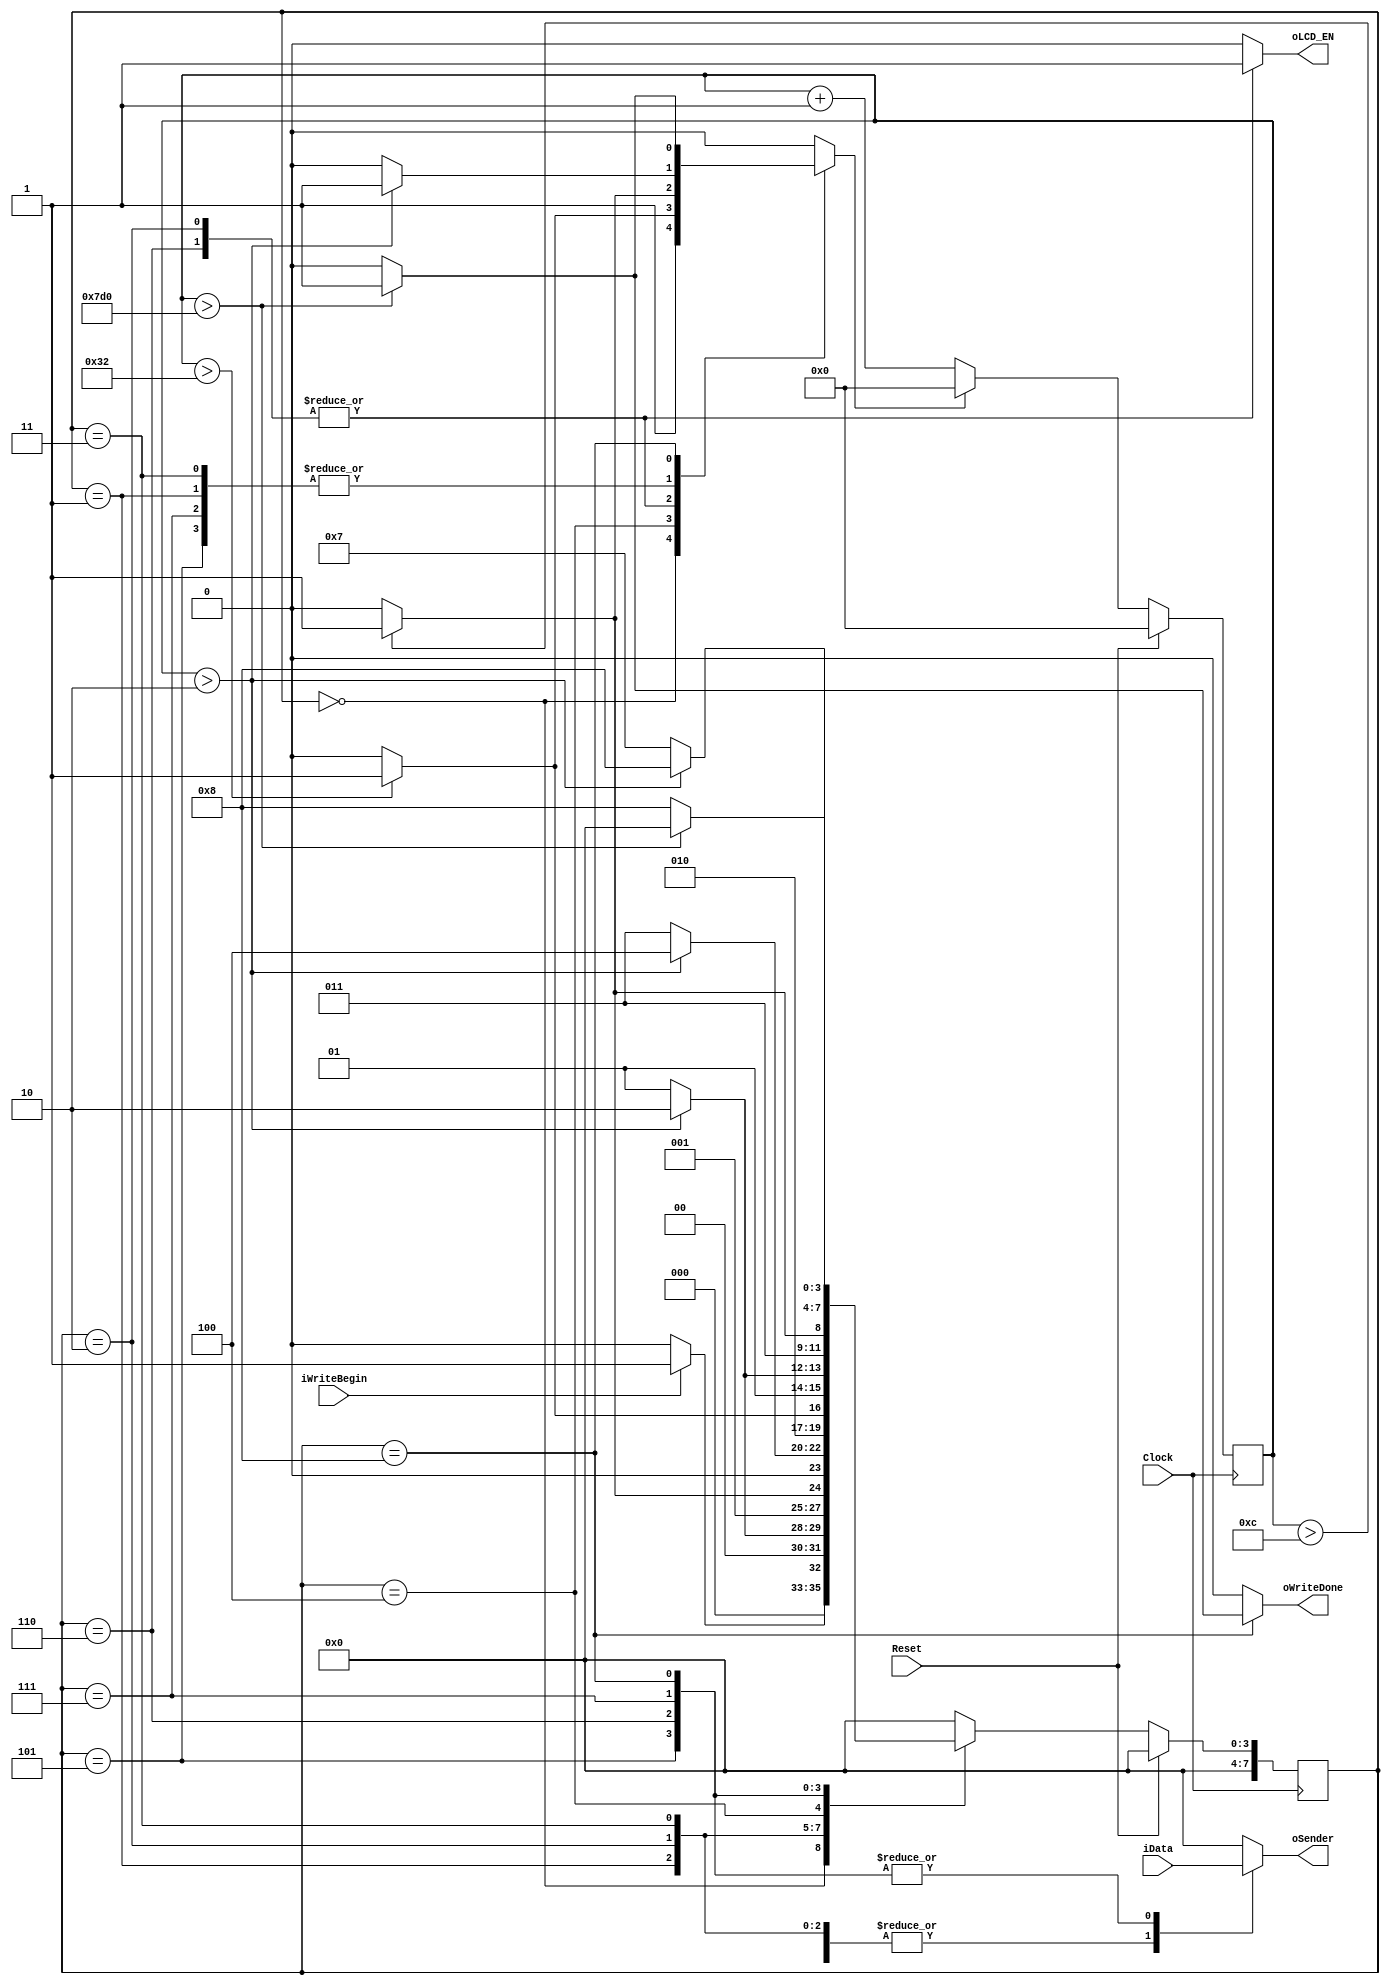
`timescale 1ns / 1ps

//state definitions
`define STATE_RESET 			0
`define STATE_BEFORE_EN_H 	1
`define STATE_HOLD_EN_H 	2
`define STATE_AFTER_EN_H 	3
`define STATE_INTER 			4
`define STATE_BEFORE_EN_L 	5
`define STATE_HOLD_EN_L 	6
`define STATE_AFTER_EN_L 	7
`define STATE_FINISH_W 		8

//////////////////////////////////////////////////////////////////////////////////
// Company: 
// Engineer: 
// 
// Design Name: 
// Module Name:    senderLCD 
// Project Name: 
// Target Devices: 
// Tool versions: 
// Description: 
//
// Dependencies: 
//
// Revision: 
// Revision 0.01 - File Created
// Additional Comments: 
//
//////////////////////////////////////////////////////////////////////////////////

module senderLCD(
	input wire iWriteBegin,
	input wire [7:0] iData,
	input wire Reset,
	input wire Clock,
	output reg oWriteDone,
	output reg [3:0] oSender,
	output reg oLCD_EN
   );

reg [7:0] rCurrentState,rNextState;
reg rTimeCountReset;
reg [31:0] rTimeCount;

//----------------------------------------------
//Next State and delay logic
always @ ( posedge Clock )
begin
	if (Reset)
	begin
		rCurrentState <= `STATE_RESET;
		rTimeCount <= 32'b0;
	end
	else
	begin
		if (rTimeCountReset)
				rTimeCount <= 32'b0; //restart count
		else
				rTimeCount <= rTimeCount + 32'b1; //increments count
			
		rCurrentState <= rNextState;
	end
end

//----------------------------------------------
//Current state and output logic
always @ ( * )
begin
	case (rCurrentState)
	//-----------------------------------------
	//reset state
	`STATE_RESET:
	begin
		oSender = 			4'b0;
		oWriteDone = 		1'b0;
		oLCD_EN = 			1'b0;
		rTimeCountReset = 1'b1;
		
		if(iWriteBegin)
			rNextState = `STATE_BEFORE_EN_H;
		else
			rNextState = `STATE_RESET;
	end
	//------------------------------------------
	//set 4 upper bits data to send, E=0
	`STATE_BEFORE_EN_H:
	begin
		oSender = 			iData[7:4]; //upper bits
		oWriteDone = 		'b0;
		oLCD_EN = 			1'b0;			//E=0
		rTimeCountReset = 1'b0;
		
		//delay 40ns
		if (rTimeCount > 32'd2 )
		begin
			rTimeCountReset = 1'b1; //resets count
			rNextState = `STATE_HOLD_EN_H;
		end
		else
			rNextState = `STATE_BEFORE_EN_H;
	end
	//------------------------------------------
	//hold the upper 4 bits data and E=1
	`STATE_HOLD_EN_H:
	begin
		oSender = 			iData[7:4]; //upper bits
		oWriteDone = 		1'b0;
		oLCD_EN = 			1'b1;			//E=1
		rTimeCountReset = 1'b0;
		
		//delay 240 ns
		if (rTimeCount > 32'd12 )
		begin
			rTimeCountReset = 1'b1; //resets count
			rNextState = `STATE_AFTER_EN_H;
		end
		else
			rNextState = `STATE_HOLD_EN_H;
	end
	//------------------------------------------
	//clear E, hold upper bits for 40ns
	`STATE_AFTER_EN_H:
	begin
		oSender = 			iData[7:4]; //upper bits
		oWriteDone = 		1'b0;
		oLCD_EN = 			1'b0;			//E=0
		rTimeCountReset = 1'b0;
		
		//delay 40ns
		if (rTimeCount > 32'd2 )
		begin
			rTimeCountReset = 1'b1; //resets count
			rNextState = `STATE_INTER;
		end
		else
			rNextState = `STATE_AFTER_EN_H;
	end
	
	//------------------------------------------
	//delay between 4 bit sending events
	`STATE_INTER:
	begin
		oSender = 			iData[7:4];//4'b0;
		oWriteDone = 		1'b0;
		oLCD_EN = 			1'b0;
		rTimeCountReset = 1'b0;
		
		//delay 1us
		if (rTimeCount > 32'd50 )
		begin
			rTimeCountReset = 1'b1; //resets count
			rNextState = `STATE_BEFORE_EN_L;
		end
		else
			rNextState = `STATE_INTER;
	end

	//------------------------------------------
	//set 4 lower bits data to send, E=0
	`STATE_BEFORE_EN_L:
	begin
		oSender = 			iData[3:0]; //lower bits
		oWriteDone = 		1'b0;
		oLCD_EN = 			1'b0;			//E=0
		rTimeCountReset = 1'b0;
		
		//delay 40ns
		if (rTimeCount > 32'd2 )
		begin
			rTimeCountReset = 1'b1; //resets count
			rNextState = `STATE_HOLD_EN_L;
		end
		else
			rNextState = `STATE_BEFORE_EN_L;
	end
	//------------------------------------------
	//hold the lower 4 bits data and E=1
	`STATE_HOLD_EN_L:
	begin
		oSender = 			iData[3:0]; //lower bits
		oWriteDone = 		1'b0;
		oLCD_EN = 			1'b1;			//E=1
		rTimeCountReset = 1'b0;
		
		//delay 240ns
		if (rTimeCount > 32'd12 )
		begin
			rTimeCountReset=1'b1; //resets count
			rNextState = `STATE_AFTER_EN_L;
		end
		else
			rNextState = `STATE_HOLD_EN_L;
	end
	//------------------------------------------
	//clear E, hold lower bits for 40ns
	`STATE_AFTER_EN_L:
	begin
		oSender = 			iData[3:0]; //lower bits
		oWriteDone = 		1'b0;
		oLCD_EN = 			1'b0;			//E=0
		rTimeCountReset = 1'b0;
		
		//delay 40ns
		if (rTimeCount > 32'd2 )
		begin
			rTimeCountReset = 1'b1; //resets count
			rNextState = `STATE_FINISH_W;
		end
		else
			rNextState = `STATE_AFTER_EN_L;
	end
	
	//------------------------------------------
	//delay of 40us between commands/data
	`STATE_FINISH_W:
	begin
		oSender = 			iData[3:0];//4'b0;
		oWriteDone = 		1'b0;
		oLCD_EN = 			1'b0;
		rTimeCountReset = 1'b0;
		
		//delay 40us
		if (rTimeCount > 32'd2000 )
		begin
			rTimeCountReset = 1'b1;
			oWriteDone = 		1'b1;				//sets end signal
			rNextState = 		`STATE_RESET;
		end
		else
			rNextState = 		`STATE_FINISH_W;
	end
	
	//------------------------------------------
	default:
	begin
		oSender = 			4'b0;
		oWriteDone = 		1'b0;
		oLCD_EN = 			1'b0;
		rTimeCountReset = 1'b0;
		rNextState = 		`STATE_RESET;
	end
	
	endcase
end
endmodule